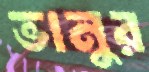
ভানুর